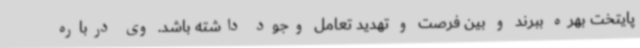
پایتخت بهره ببرند و بین فرصت و تهدید تعامل وجود داشته باشد. وی درباره